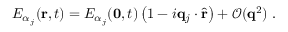
E _ { \alpha _ { j } } ( \mathbf { r } , t ) = E _ { \alpha _ { j } } ( \mathbf { 0 } , t ) \left( 1 - i \mathbf { q } _ { j } \cdot \hat { \mathbf { r } } \right) + \mathcal { O } ( \mathbf { q } ^ { 2 } ) \mathrm { ~ . ~ }